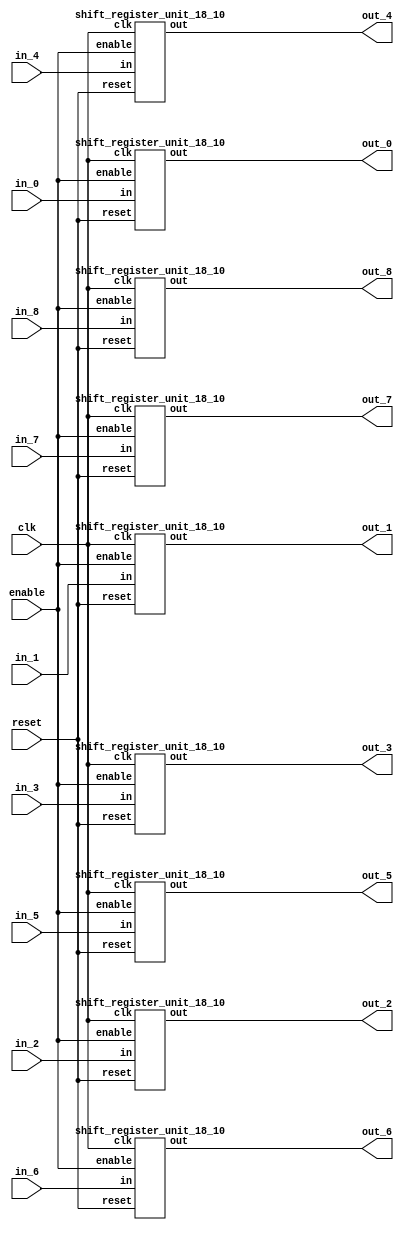
`define SIMULATION_MEMORY

module shift_register_group_18_910 (
	input clk,
	input enable,
	input [17:0] in_0,
	output [17:0] out_0,
	input [17:0] in_1,
	output [17:0] out_1,
	input [17:0] in_2,
	output [17:0] out_2,
	input [17:0] in_3,
	output [17:0] out_3,
	input [17:0] in_4,
	output [17:0] out_4,
	input [17:0] in_5,
	output [17:0] out_5,
	input [17:0] in_6,
	output [17:0] out_6,
	input [17:0] in_7,
	output [17:0] out_7,
	input [17:0] in_8,
	output [17:0] out_8,
	input reset
);

shift_register_unit_18_10 shift_register_unit_18_10_inst_0 (
	.clk(clk),
	.reset(reset),
	.enable(enable),
	.in(in_0),
	.out(out_0)
);

shift_register_unit_18_10 shift_register_unit_18_10_inst_1 (
	.clk(clk),
	.reset(reset),
	.enable(enable),
	.in(in_1),
	.out(out_1)
);

shift_register_unit_18_10 shift_register_unit_18_10_inst_2 (
	.clk(clk),
	.reset(reset),
	.enable(enable),
	.in(in_2),
	.out(out_2)
);

shift_register_unit_18_10 shift_register_unit_18_10_inst_3 (
	.clk(clk),
	.reset(reset),
	.enable(enable),
	.in(in_3),
	.out(out_3)
);

shift_register_unit_18_10 shift_register_unit_18_10_inst_4 (
	.clk(clk),
	.reset(reset),
	.enable(enable),
	.in(in_4),
	.out(out_4)
);

shift_register_unit_18_10 shift_register_unit_18_10_inst_5 (
	.clk(clk),
	.reset(reset),
	.enable(enable),
	.in(in_5),
	.out(out_5)
);

shift_register_unit_18_10 shift_register_unit_18_10_inst_6 (
	.clk(clk),
	.reset(reset),
	.enable(enable),
	.in(in_6),
	.out(out_6)
);

shift_register_unit_18_10 shift_register_unit_18_10_inst_7 (
	.clk(clk),
	.reset(reset),
	.enable(enable),
	.in(in_7),
	.out(out_7)
);

shift_register_unit_18_10 shift_register_unit_18_10_inst_8 (
	.clk(clk),
	.reset(reset),
	.enable(enable),
	.in(in_8),
	.out(out_8)
);

endmodule
module shift_register_unit_18_10 (
	input clk,
	input reset,
	input enable,
	input [17:0] in,
	output [17:0] out
);

reg [17:0] shift_registers_0;
reg [17:0] shift_registers_1;
reg [17:0] shift_registers_2;
reg [17:0] shift_registers_3;
reg [17:0] shift_registers_4;
reg [17:0] shift_registers_5;
reg [17:0] shift_registers_6;
reg [17:0] shift_registers_7;
reg [17:0] shift_registers_8;
reg [17:0] shift_registers_9;
always @ (posedge clk) begin
	if (reset) begin
		shift_registers_0 <= 18'd0;
		shift_registers_1 <= 18'd0;
		shift_registers_2 <= 18'd0;
		shift_registers_3 <= 18'd0;
		shift_registers_4 <= 18'd0;
		shift_registers_5 <= 18'd0;
		shift_registers_6 <= 18'd0;
		shift_registers_7 <= 18'd0;
		shift_registers_8 <= 18'd0;
		shift_registers_9 <= 18'd0;
	end else if (enable) begin
		shift_registers_0 <= in;
		shift_registers_1 <= shift_registers_0;
		shift_registers_2 <= shift_registers_1;
		shift_registers_3 <= shift_registers_2;
		shift_registers_4 <= shift_registers_3;
		shift_registers_5 <= shift_registers_4;
		shift_registers_6 <= shift_registers_5;
		shift_registers_7 <= shift_registers_6;
		shift_registers_8 <= shift_registers_7;
		shift_registers_9 <= shift_registers_8;
	end
end

assign out = shift_registers_9;

endmodule